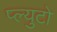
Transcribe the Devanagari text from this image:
प्ल्युटो